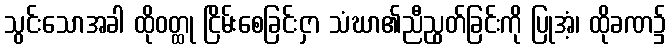
သွင်းသောအခါ ထိုဝတ္ထု ငြိမ်းစေခြင်းငှာ သံဃာ၏ညီညွတ်ခြင်းကို ပြုအံ့၊ ထိုခဏ၌